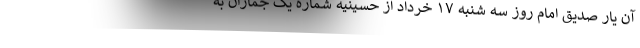
آن یار صدیق امام روز سه شنبه ۱۷ خرداد از حسینیه شماره یک جماران به